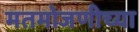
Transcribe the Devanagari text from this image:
मतमोजणीच्या